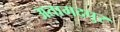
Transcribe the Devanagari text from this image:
अतामदपुर